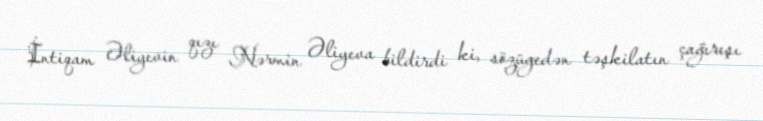
İntiqam Əliyevin qızı Nərmin Əliyeva bildirdi ki, sözügedən təşkilatın çağırışı